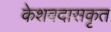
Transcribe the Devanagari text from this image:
केशवदासकृत